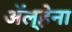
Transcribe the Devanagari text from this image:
अॅल्हेना